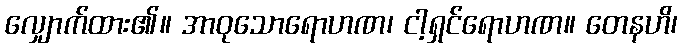
လျှောက်ထား၏။ အာဝုသောရောဟဏ၊ ငါ့ရှင်ရောဟဏ။ တေနဟိ၊